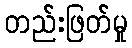
တည်းဖြတ်မှု